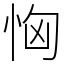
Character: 恟